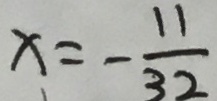
x = - \frac { 1 1 } { 3 2 }